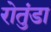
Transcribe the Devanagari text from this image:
रोतुंडा